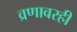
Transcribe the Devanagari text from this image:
व्रणावरही